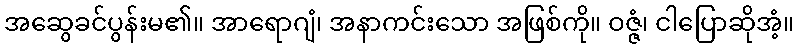
အဆွေခင်ပွန်းမ၏။ အာရောဂျံ၊ အနာကင်းသော အဖြစ်ကို။ ဝဇ္ဇံ၊ ငါပြောဆိုအံ့။